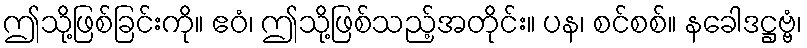
ဤသို့ဖြစ်ခြင်းကို။ ဧဝံ၊ ဤသို့ဖြစ်သည့်အတိုင်း။ ပန၊ စင်စစ်။ နခေါဒဋ္ဌဗ္ဗံ၊